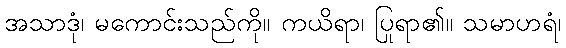
အသာဒုံ၊ မကောင်းသည်ကို။ ကယိရာ၊ ပြုရာ၏။ သမာဟရံ၊